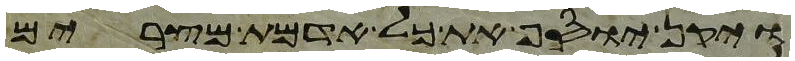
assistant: ויקן יוסף את כל אדמת מצרים